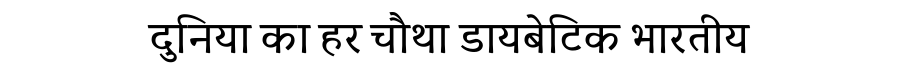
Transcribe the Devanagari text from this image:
दुनिया का हर चौथा डायबेटिक भारतीय